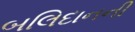
બલિદાનની